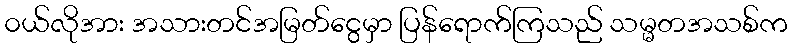
၀ယ်လိုအား အသားတင်အမြတ်ငွေမှာ ပြန်ရောက်ကြသည် သမ္မတအသစ်က